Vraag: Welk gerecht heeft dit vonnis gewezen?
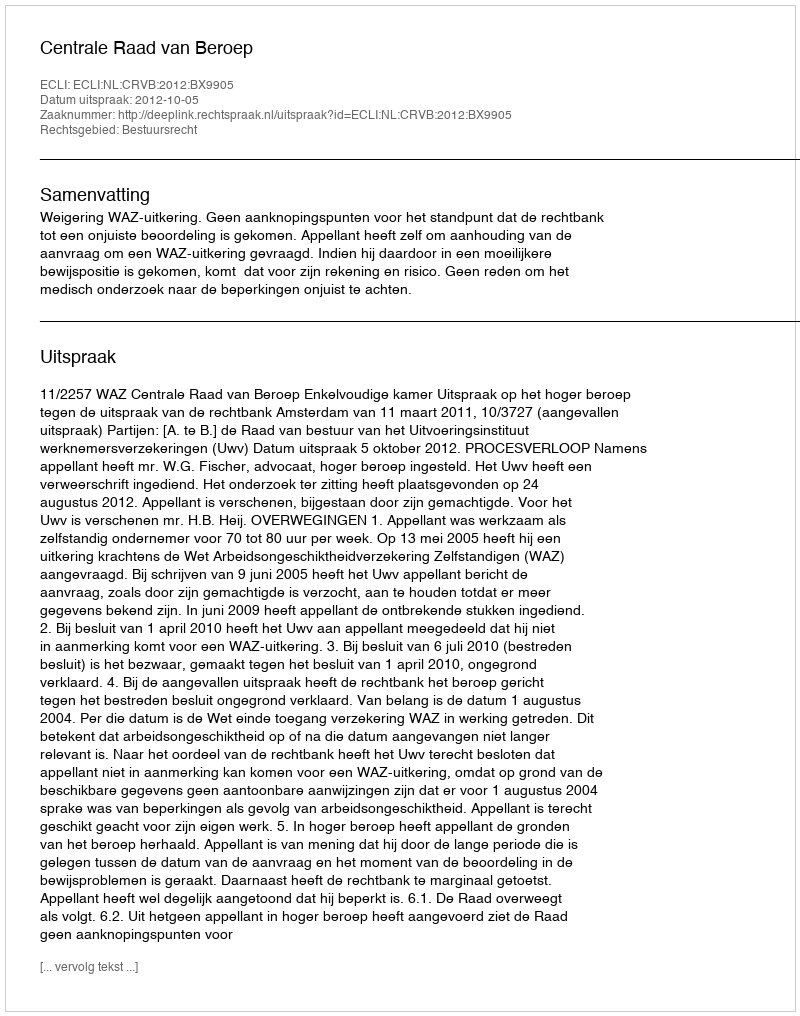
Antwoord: Centrale Raad van Beroep